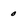
Character: o